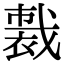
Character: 𧛦